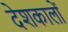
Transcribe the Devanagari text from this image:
देशकालों